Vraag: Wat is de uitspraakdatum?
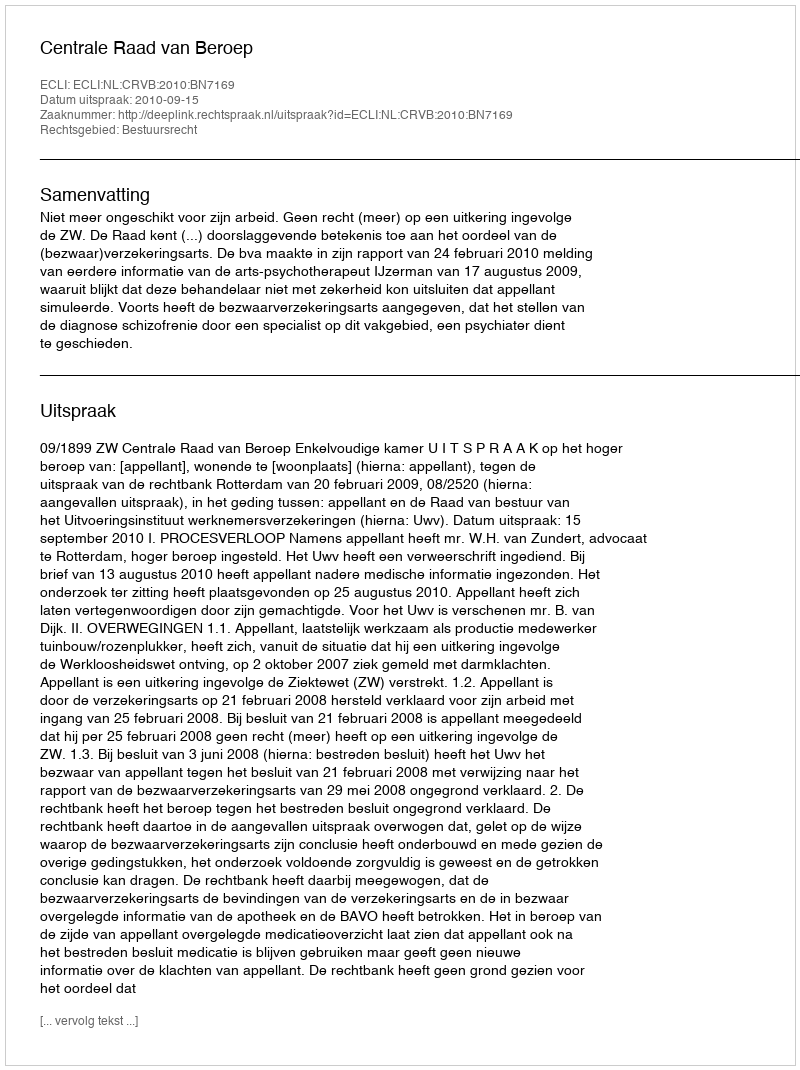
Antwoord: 2010-09-15